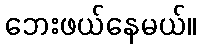
ဘေးဖယ်နေမယ်။